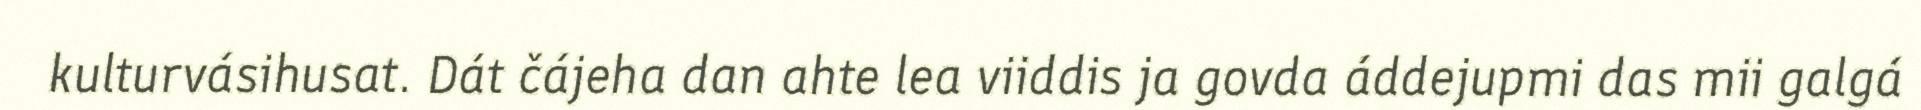
kulturvásihusat. Dát čájeha dan ahte lea viiddis ja govda áddejupmi das mii galgá